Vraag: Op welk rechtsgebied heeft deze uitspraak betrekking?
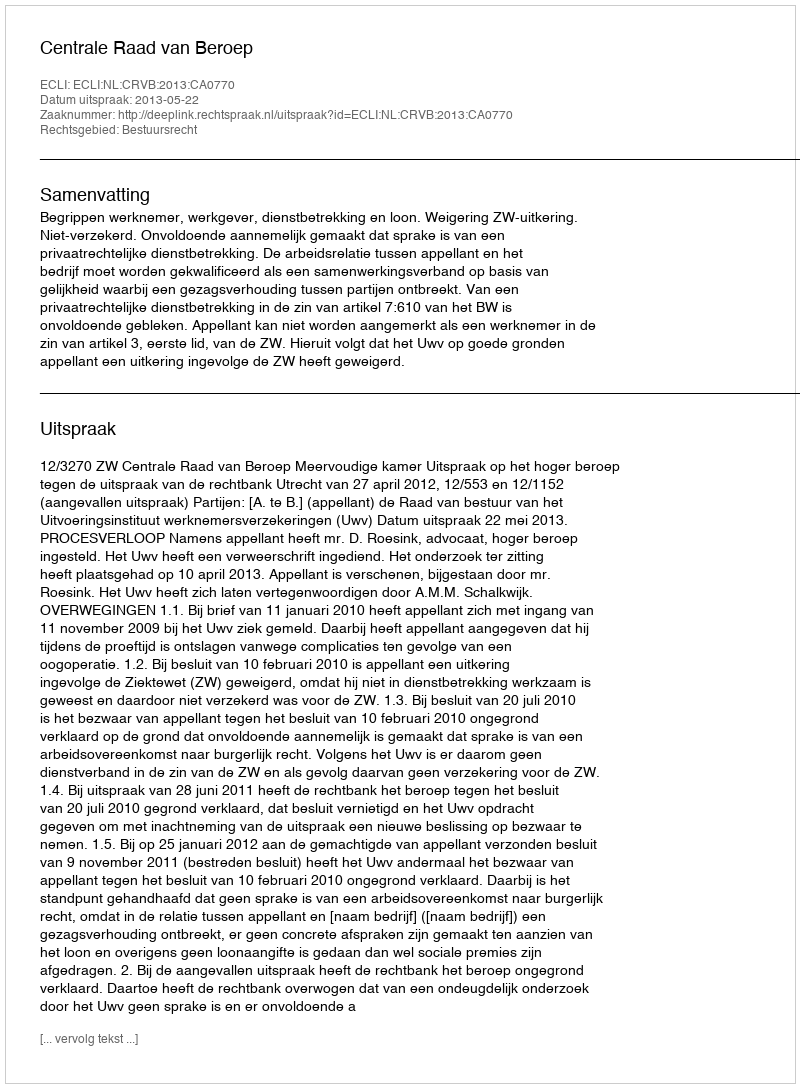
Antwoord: Bestuursrecht